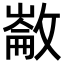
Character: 𢿗